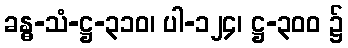
ခန္ဓ-သံ-ဋ္ဌ-၃၁၀၊ ပါ-၁၂၄၊ ဋ္ဌ-၃၀၀ ၌